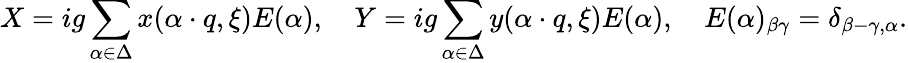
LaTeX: X=ig\sum_{\alpha\in\Delta}x(\alpha\cdot q,\xi)E(\alpha),\quad Y=ig\sum_{\alpha\in\Delta}y(\alpha\cdot q,\xi)E(\alpha),\quad E(\alpha)_{\beta\gamma}=\delta_{\beta-\gamma,\alpha}.